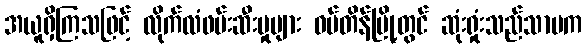
အယူရှိကြသဖြင့် လိုက်လံဖမ်းဆီးမှုများ ဝမ်တိန်မြို့တွင် ဆုံးရှုံးသည်သာမက